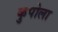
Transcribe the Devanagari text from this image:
कुपोला